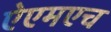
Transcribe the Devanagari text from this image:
ऐएमएच